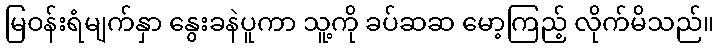
မြဝန်းရံမျက်နှာ နွေးခနဲပူကာ သူ့ကို ခပ်ဆဆ မော့ကြည့် လိုက်မိသည်။